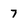
Character: 7